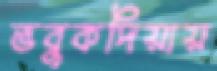
ভবুকদিয়ায়